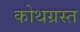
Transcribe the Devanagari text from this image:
कोथग्रस्त